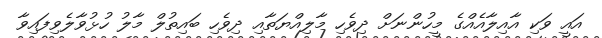
އައީ ވަކި އާއިލާއެއްގެ މީހުންނަށް ދިވެހި މާލިއްޔަތާއި ދިވެހި ބައިތުލް މާލު ހުޅުވާލެވިފައިވާ